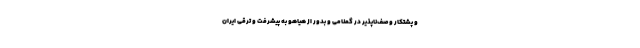
و پشتکار وصف‌ناپذیر در گمنامی و بدور از هیاهو به پیشرفت و ترقی ایران